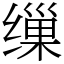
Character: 缫